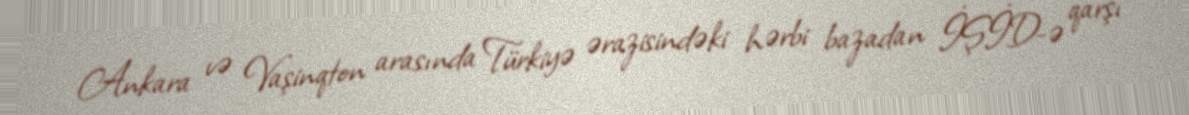
Ankara və Vaşinqton arasında Türkiyə ərazisindəki hərbi bazadan İŞİD-ə qarşı